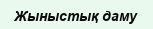
Жыныстық даму